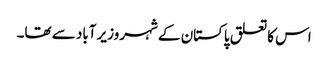
اس کا تعلق پاکستان کے شہر وزیر آباد سے تھا۔